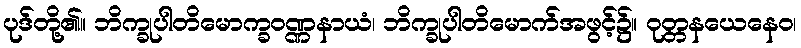
ပုဒ်တို့၏။ ဘိက္ခုပါတိမောက္ခဝဏ္ဏနာယံ၊ ဘိက္ခုပါတိမောက်အဖွင့်၌။ ဝုတ္တနယေနေဝ၊